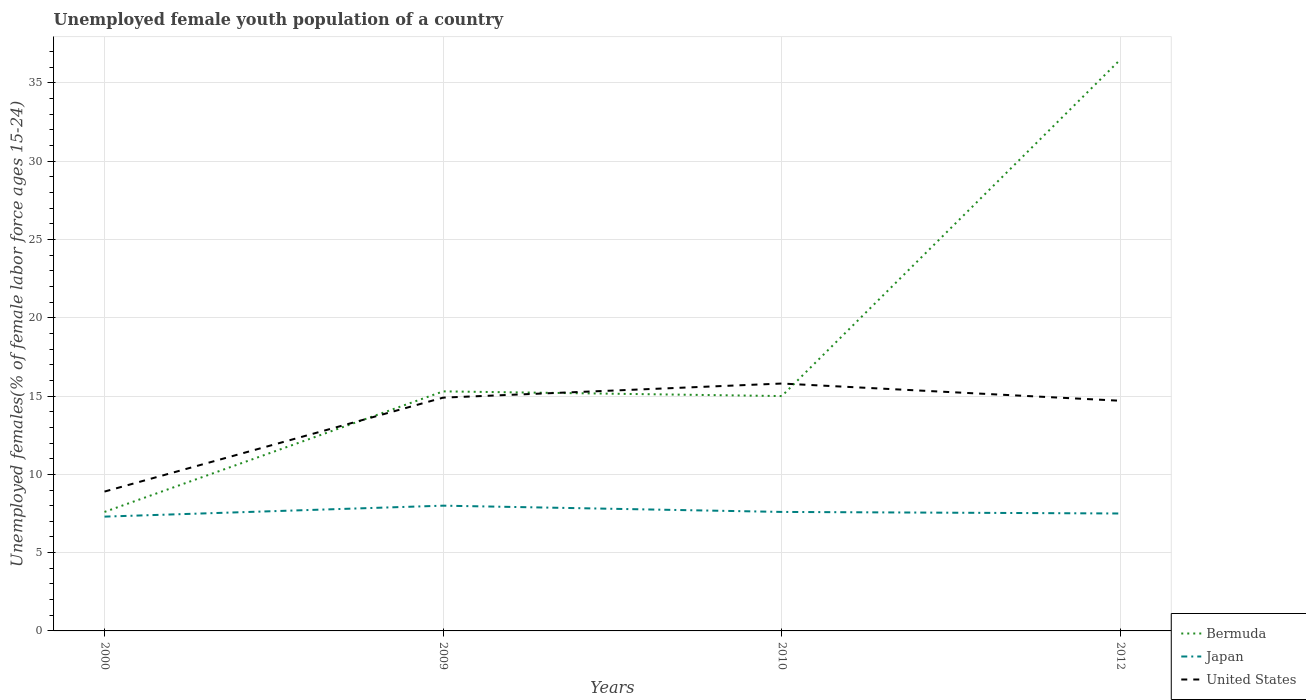
| Years | Bermuda | Japan | United States |
 | --- | --- | --- | --- |
 | 2000 | 7.6 | 7.3 | 8.9 |
 | 2009 | 15.3 | 8 | 14.9 |
 | 2010 | 15 | 7.6 | 15.8 |
 | 2012 | 36.5 | 7.5 | 14.7 |